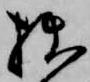
拙